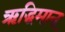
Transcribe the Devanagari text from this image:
ऋद्धिमान्‌